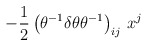
\begin{align*}-\frac{1}{2}\left( \theta ^{-1}\delta \theta \theta ^{-1}\right) _{ij}\,x^{j}\end{align*}